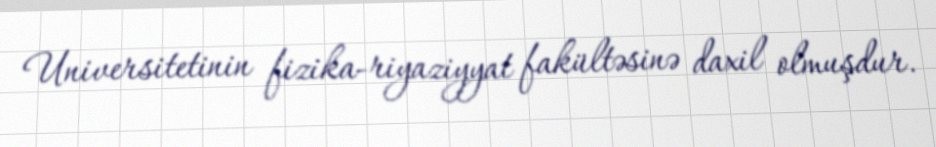
Universitetinin fizika-riyaziyyat fakültəsinə daxil olmuşdur.